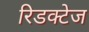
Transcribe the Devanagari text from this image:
रिडक्टेज